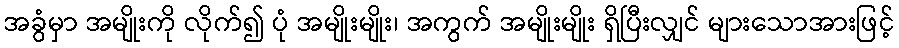
အခွံမှာ အမျိုးကို လိုက်၍ ပုံ အမျိုးမျိုး၊ အကွက် အမျိုးမျိုး ရှိပြီးလျှင် များသောအားဖြင့်